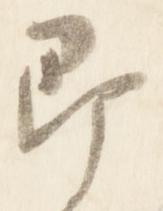
即